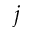
j